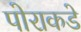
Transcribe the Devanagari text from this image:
पोराकडे